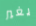
يغير